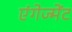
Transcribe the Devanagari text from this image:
एंगेज्मेंट